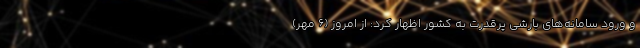
و ورود سامانه‌های بارشی پرقدرت به کشور اظهار کرد: از امروز (۶ مهر)